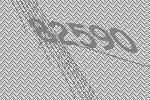
82590